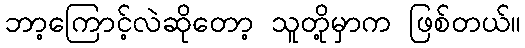
ဘာ့ကြောင့်လဲဆိုတော့ သူတို့မှာက ဖြစ်တယ်။